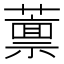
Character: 𫉿